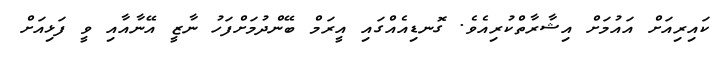
ކައިރިއަށް އައުމަށް އިޝާރާތްކުރިއެވެ. ގޮނޑިއެއްގައި އީރަމް ބޭންދުމަށްފަހު ނާޒީ އޭނާއާއި ވީ ފަޅިއަށް